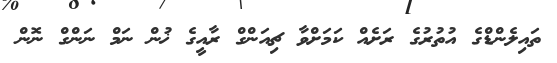
ތައިލެންޑްގެ އުތުރުގެ ރަށެއް ކަމަށްވާ ޗިއަންގް ރާއީގެ ޚުން ނަމް ނަންގް ނޮން